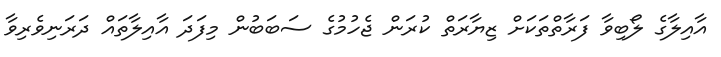
އާއިލާގެ ލޯބިވާ ފަރާތްތަކަށް ޒިޔާރަތް ކުރަން ޖެހުމުގެ ސަބަބުން މިފަދަ އާއިލާތައް ދަރަނިވެރިވާ